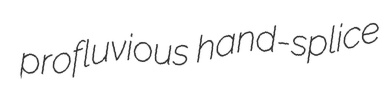
profluvious hand-splice